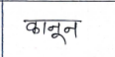
मजकूर: कानून